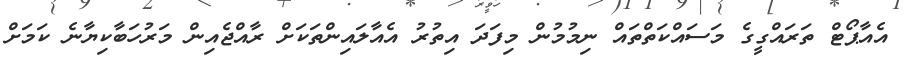
އެއާޕޯޓް ތަރައްގީގެ މަސައްކަތްތައް ނިމުމުން މިފަދަ އިތުރު އެއާލައިންތަކަށް ރާއްޖެއިން މަރުހަބާކިޔާނެ ކަމަށް